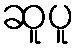
ဆူပူ